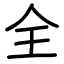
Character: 全